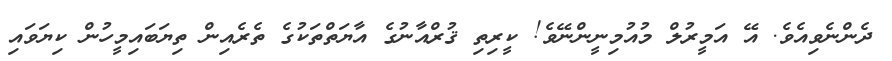
ދެންނެވިއެވެ. އޭ އަމީރުލް މުއުމިނީންނޭވެ! ކީރިތި ޤުރްއާނުގެ އާޔަތްތަކުގެ ތެރެއިން ތިޔަބައިމީހުން ކިޔަވައި